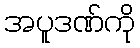
အပူဒဏ်ကို